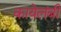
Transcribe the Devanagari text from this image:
कायेलंबी